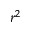
r ^ { 2 }